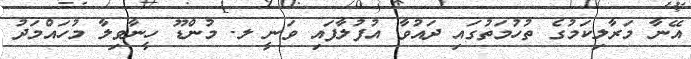
އޭނާ މަރާލިކަމުގެ ތުހުމަތުގައި ދައުވާ އުފުލާފައި ވަނީ ލ. މުންޑޫ ހީނާވިލާ މުހައްމަދު